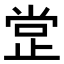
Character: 𣥺